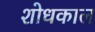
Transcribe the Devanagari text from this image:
शोधकाल